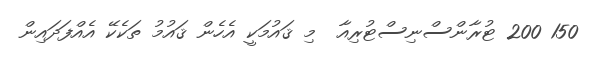
150 200 ޓުރާންސްނިސްޓުރިއާ  މި ޤައުމަކީ އެހެން ޤައުމު ތަކެކޭ އެއްފަދައިން